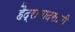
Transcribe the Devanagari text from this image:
हैद्राबादसाठी